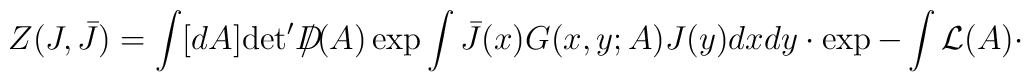
Z(J,\bar{J}) = \int [dA] \hbox {det}' D \! \! \! \! / (A) \exp \int\bar{J}(x) G(x,y;A) J(y) dx dy \cdot \exp - \int {\cal L}(A) \cdot